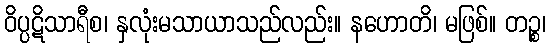
ဝိပ္ပဋိသာရီစ၊ နှလုံးမသာယာသည်လည်း။ နဟောတိ၊ မဖြစ်။ တဉ္စ၊